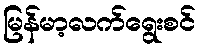
မြန်မာ့လက်ရွေးစင်